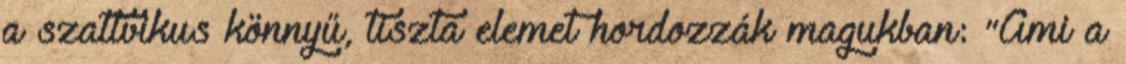
a szattvikus könnyű, tiszta elemet hordozzák magukban: "Ami a